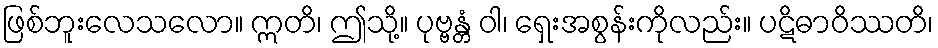
ဖြစ်ဘူးလေသလော။ ဣတိ၊ ဤသို့။ ပုဗ္ဗန္တံ ဝါ၊ ရှေးအစွန်းကိုလည်း။ ပဋိဓာဝိဿတိ၊